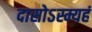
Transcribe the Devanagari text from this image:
दासोऽस्म्यहं